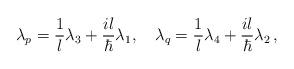
LaTeX: \begin{align*}\lambda_p = {1\over l} \lambda_3 + {il \over \hbar}\lambda_1, \quad \lambda_q = {1\over l} \lambda_4 +{il\over \hbar} \lambda_2 \, ,\end{align*}